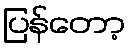
ပြန်တော့